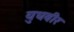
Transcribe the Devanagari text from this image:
युधवीर